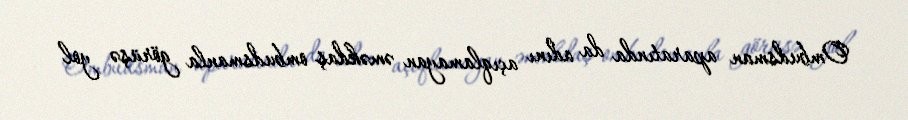
Ombudsman aparatında da adını açıqlamayan əməkdaş ombudsmanla görüşə yol